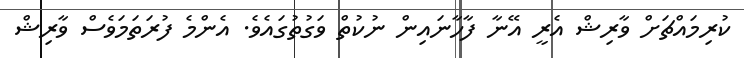
ކުރިމައްޗަށް ވާރިޝް އެރީ އޭނާ ފާހާނައިން ނުކުތް ވަގުތުގައެވެ. އެންމެ ފުރަތަމަވެސް ވާރިޝް